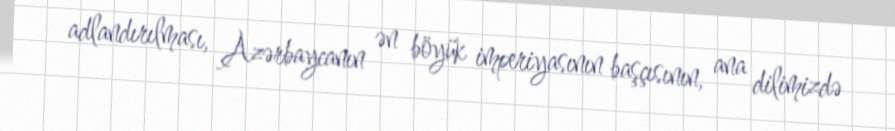
adlandırılması, Azərbaycanın ən böyük imperiyasının başçısının, ana dilimizdə